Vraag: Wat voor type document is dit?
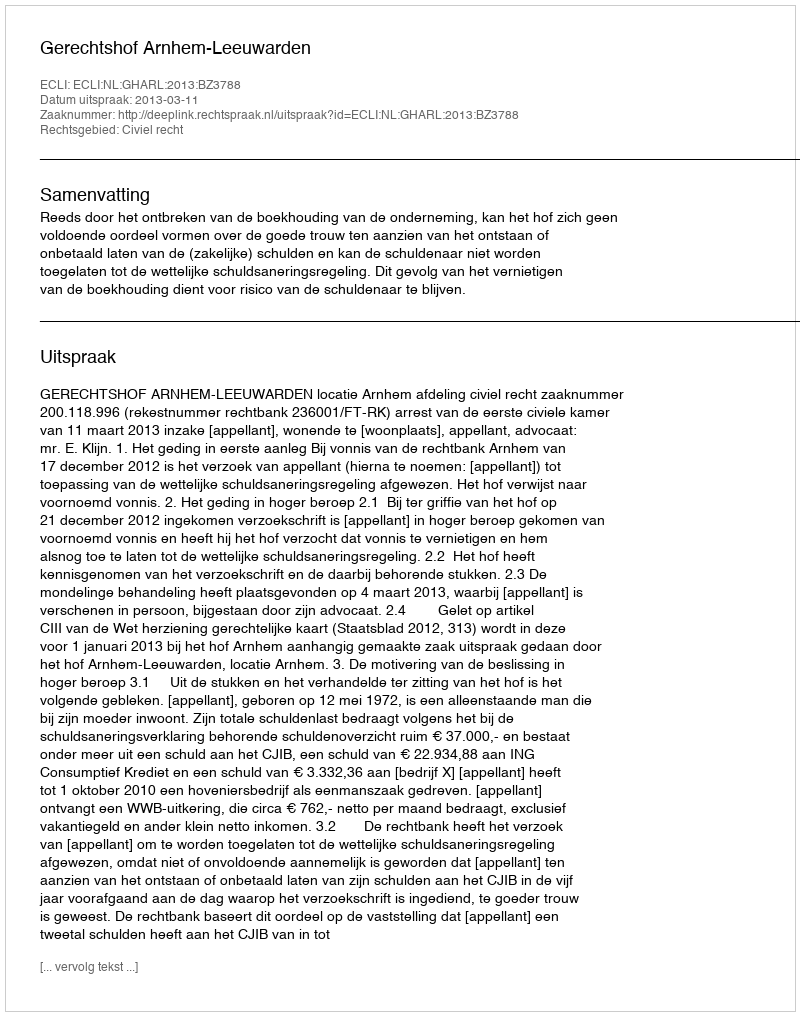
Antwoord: Uitspraak